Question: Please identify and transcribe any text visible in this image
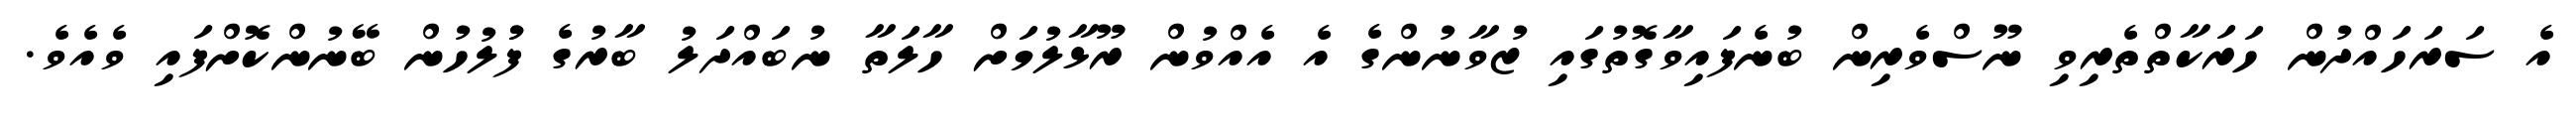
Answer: އެ ސަރަހައްދުން ހަރަކާތްތެރިވި ނޫސްވެރިން ބުނެފައިވާގޮތުގައި ޒުވާނުންގެ އެ އެއްވުން ރޫޅާލުމަށް ހާލަތާ ނުބައްދަލު ބާރުގެ ފުުލުހުން ބޭނުންކޮށްފައި ވެއެވެ.